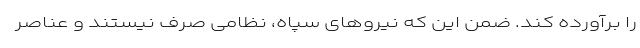
را برآورده کند. ضمن این که نیروهای سپاه، نظامی صرف نیستند و عناصر